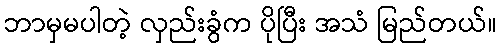
ဘာမှမပါတဲ့ လှည်းခွံက ပိုပြီး အသံ မြည်တယ်။